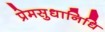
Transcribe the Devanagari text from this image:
प्रेमसुधानिधि